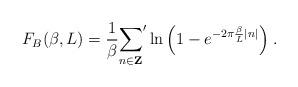
LaTeX: \begin{align*}F_{B}(\beta,L)=\frac{1}{\beta}{\sum_{n\in{\bf Z}}} ' \ln{\left(1-e^{-2\pi\frac{\beta}{L}|n|} \right)}\;.\end{align*}